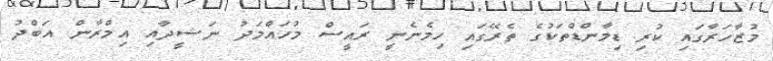
މުޒާހަރާގައި ކުރި ޑިމާންޑްތަކުގެ ތެރޭގައި ހިމެނެނީ ރައީސް މުހައްމަދު ނަޝީދާއި އިމްރާން އަބްދު